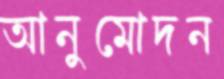
আনুমোদন